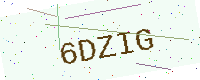
Text: 6DZIG